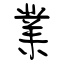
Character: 業